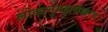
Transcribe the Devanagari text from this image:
लोकानुग्रहाखातरच